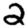
Digit: 2